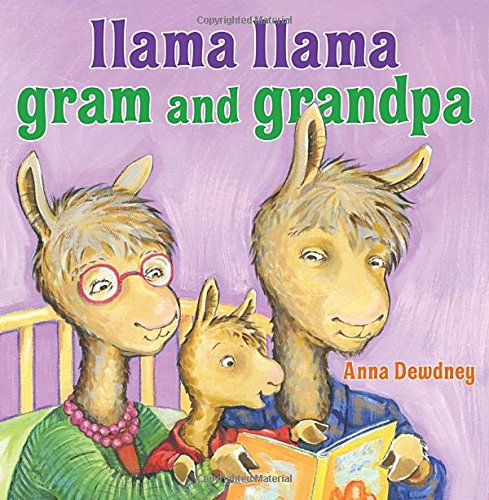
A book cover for Llama Llama Gram and Grandpa; Anna Dewdney; Children's Books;